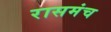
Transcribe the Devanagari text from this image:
रासमंच